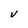
Character: V